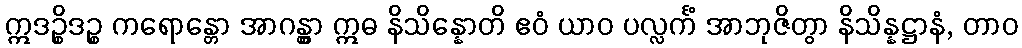
ဣဒဉ္စိဒဉ္စ ကရောန္တော အာဂန္တွာ ဣဓ နိသိန္နောတိ ဧဝံ ယာဝ ပလ္လင်္ကံ အာဘုဇိတွာ နိသိန္နဋ္ဌာနံ, တာဝ